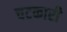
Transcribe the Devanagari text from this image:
चटकारी